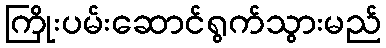
ကြိုးပမ်းဆောင်ရွက်သွားမည်